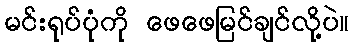
မင်းရုပ်ပုံကို ဖေဖေမြင်ချင်လို့ပဲ။